Civil Veterinary Department Bengal reports 1923-33 - 1923-1933
Year: 1923
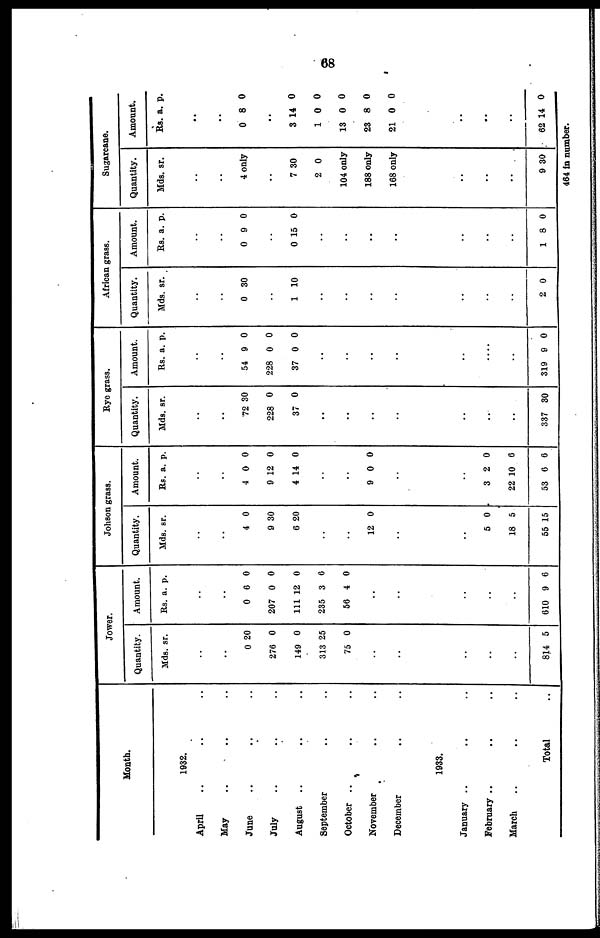
68
Month.
1932.
April .. .. ..
May
.. .. ..
June .. .. ..
July .. .. ..
August .. .. ..
September .. ..
October .. .. ..
November .. ..
December .. ..
1933.
January .. .. ..
February .. .. ..
March .. .. ..
Total ..
Jower.
Quantity.
Mds.
..
..
0
276
149
313
75
..
..
..
..
..
814
sr.
20
0
0
25
0
5
Amount.
Rs.
..
..
0
207
111
235
56
..
..
..
..
..
610
a.
6
0
12
3
4
9
p.
0
0
0
6
0
6
Johson grass.
Quantity.
Mds.
..
..
4
9
6
..
..
12
..
..
5
18
55
sr.
0
30
20
0
0
5
15
Amount
.
Rs.
..
..
4
9
4
..
..
9
..
..
3
22 1
53
a.
0
12
14
0
2
0
6
p.
0
0
0
0
0
6
6
Rye grass.
Quantity.
Mds.
..
..
72
228
3
..
..
..
..
..
..
..
337
sr.
30
0
7 0
30
Amount
.
Rs.
..
..
54
228
37
..
..
..
..
..
..
..
319
a.
9
0
0
9
p.
0
0
0
0
African grass.
Quantity.
Mds.
..
..
0
..
1
..
..
..
..
..
..
..
2
sr.
30
10
0
Amount
.
Rs.
..
..
0
..
0 1
..
..
..
..
..
..
..
1
a.
9
5
8
p.
0
0
0
Sugarcane.
Quantity.
Mds.
..
..
4
..
7
2
104
188
168
..
..
..
9
sr.
only
30
0
only
only
only
30
Amount.
Rs.
..
..
0
..
3 1
1
13
23
21
..
..
..
62 1
a.
8
4
0
0
8
0
4
p.
0
0
0
0
0
0
0
464 in number.